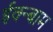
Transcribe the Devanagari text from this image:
ईक्न्बाम